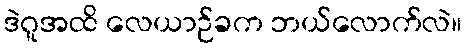
ဒဲဂူအထိ လေယာဉ်ခက ဘယ်လောက်လဲ။